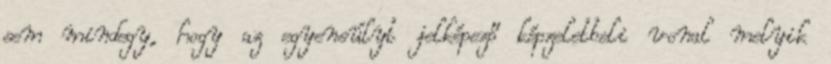
sem mindegy, hogy az egyensúlyt jelképező képzeletbeli vonal melyik